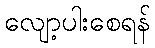
လျော့ပါးစေရန်